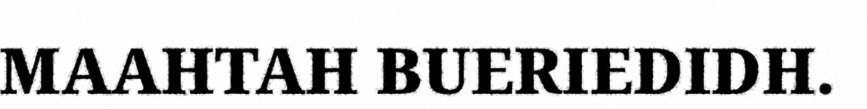
MAAHTAH BUERIEDIDH.